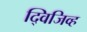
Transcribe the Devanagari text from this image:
द्विजिव्ह